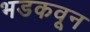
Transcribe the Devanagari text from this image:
भडकवून